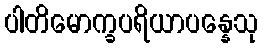
ပါတိမောက္ခပရိယာပန္နေသု